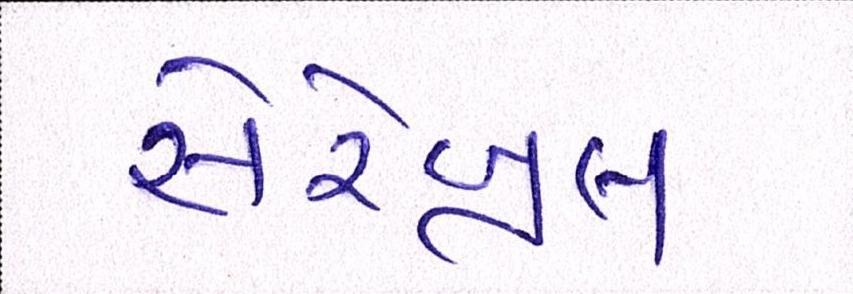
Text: સેરેબ્રલ